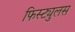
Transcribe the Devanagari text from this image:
फिस्ट्युलस